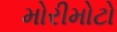
મોરીમોટો